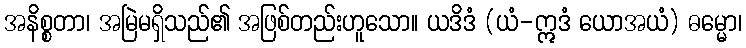
အနိစ္စတာ၊ အမြဲမရှိသည်၏ အဖြစ်တည်းဟူသော။ ယဒိဒံ (ယံ-ဣဒံ ယောအယံ) ဓမ္မော၊